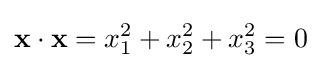
{\mathbf {x} }\cdot {\mathbf {x} }=x_{1}^{2}+x_{2}^{2}+x_{3}^{2}=0